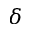
\delta